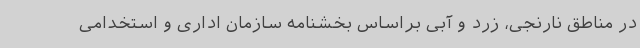
در مناطق نارنجی، زرد و آبی براساس بخشنامه سازمان اداری و استخدامی